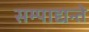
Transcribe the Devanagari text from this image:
सम्पाद्यन्ते